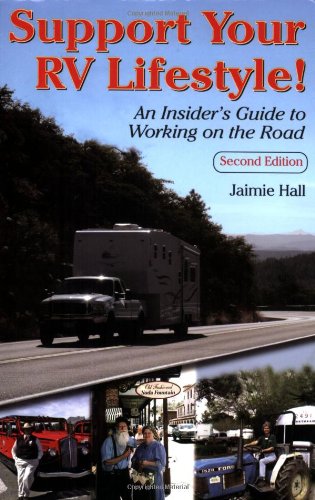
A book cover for Support Your RV Lifestyle! An Insider's Guide to Working on the Road, 2nd Edition; Jaimie Hall; Travel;